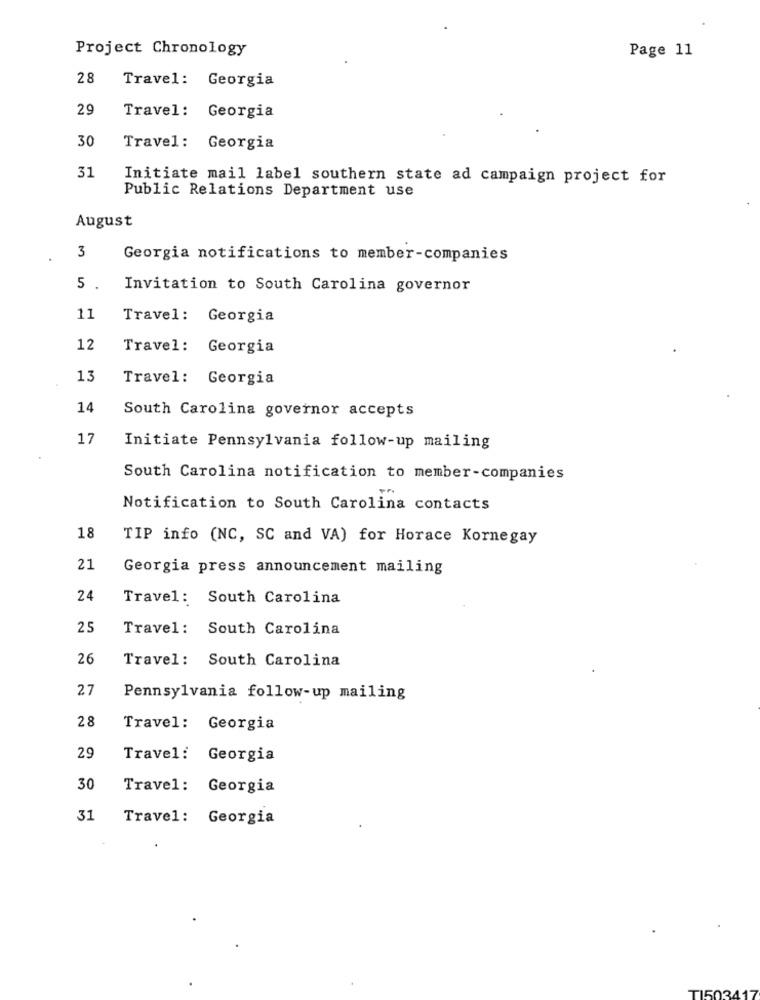
Project Chronology
Page 11
28
Travel: Georgia
29
Travel: Georgia
30
Travel: Georgia
31
Initiate mail label southern state ad campaign project for
Public Relations Department use
August
3
Georgia notifications to member-companies
5 .
Invitation to South Carolina governor
11
Travel: Georgia
12
Travel: Georgia
13
Travel: Georgia
14
South Carolina governor accepts
17
Initiate Pennsylvania follow-up mailing
South Carolina notification to member-companies
Notification to South Carolina contacts
18
TIP info (NC, SC and VA) for Horace Kornegay
21
Georgia press announcement mailing
24
Travel: South Carolina
25
Travel: South Carolina
26
Travel: South Carolina
27
Pennsylvania follow-up mailing
28
Travel: Georgia
29
Travel :
Georgia
30
Travel: Georgia
31
Travel: Georgia
T150